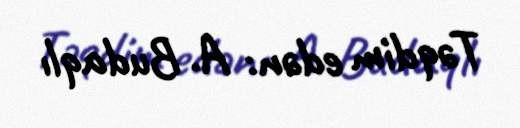
Təqdim edən: A. Budaqlı